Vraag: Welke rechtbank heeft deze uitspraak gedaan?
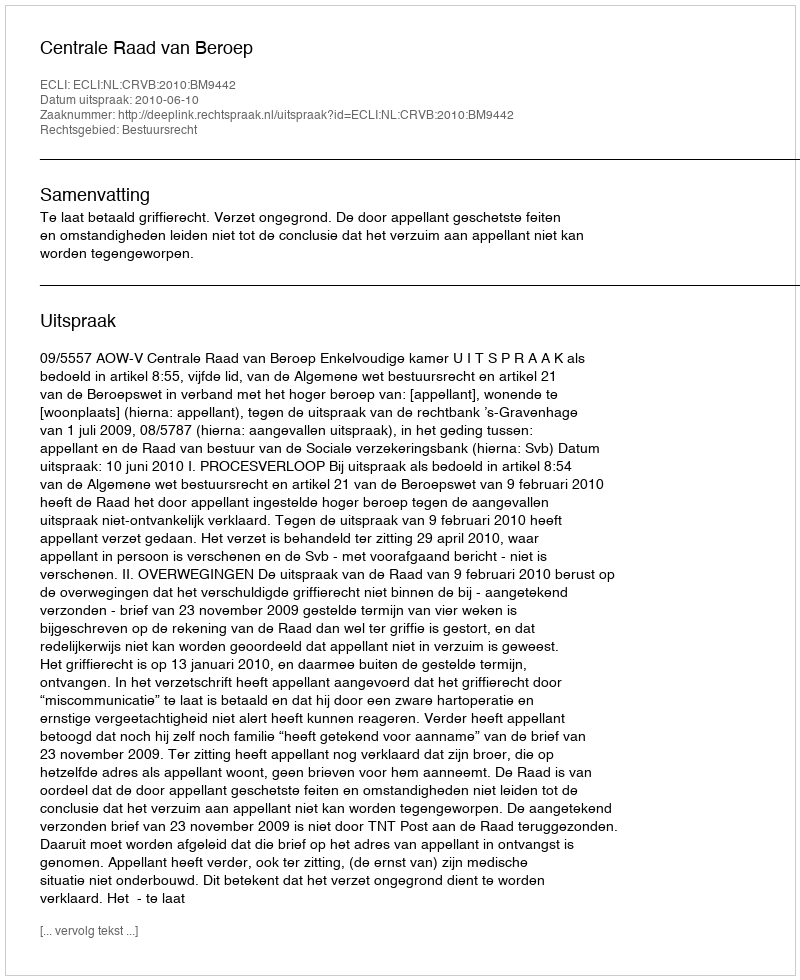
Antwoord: Centrale Raad van Beroep